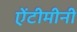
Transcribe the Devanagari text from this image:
ऐंटीमीनी